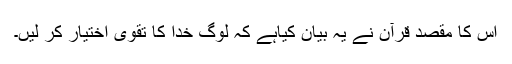
اِس کا مقصد قرآن نے یہ بیان کیاہے کہ لوگ خدا کا تقویٰ اختیار کر لیں۔